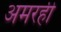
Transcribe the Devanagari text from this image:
अमरही